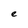
Character: e